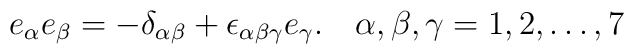
e_\alpha e_\beta =-\delta_{\alpha\beta} + \epsilon_{\alpha\beta\gamma} e_\gamma.~~~\alpha,\beta,\gamma=1,2,\ldots,7